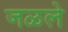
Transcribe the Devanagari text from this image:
जळले